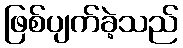
ဖြစ်ပျက်ခဲ့သည်